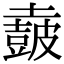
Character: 𡒡